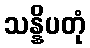
သန္နိပတုံ